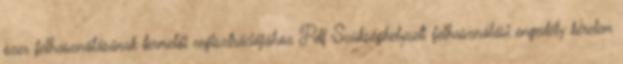
szer felhasználásának termelői regisztrációjához Pdf Szükséghelyzeti felhasználási engedély kérelem